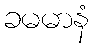
ခမမာနံ